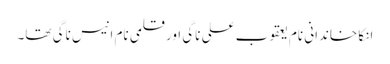
انکا خاندانی نام یعقوب علی ناگی اور قلمی نام انیس ناگی تھا۔